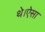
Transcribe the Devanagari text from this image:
थे।ऐसा